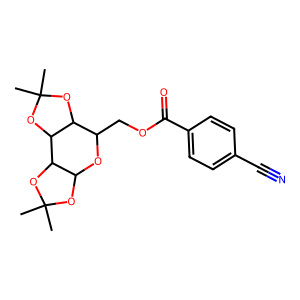
SMILES: CC1(C)OC2OC(COC(=O)c3ccc(C#N)cc3)C3OC(C)(C)OC3C2O1
Inhibits HIV replication: No